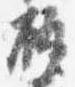
瓶